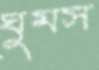
ঘুমস